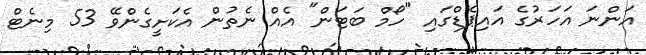
އަންނަ އަހަރުގެ އައިޕެޑްގައި "ހޯމް ބަޓަން" އެއް ނެތުން އެކަށީގެންވޭ 53 މިނެޓް